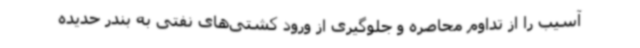
آسیب را از تداوم محاصره و جلوگیری از ورود کشتی‌های نفتی به بندر حدیده